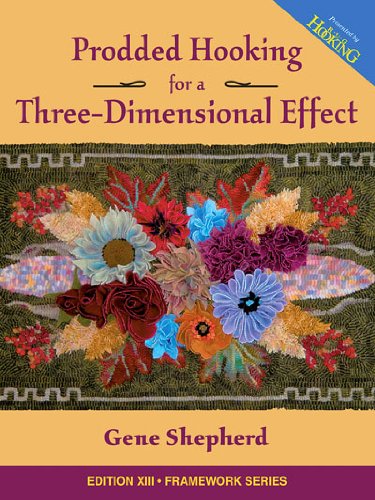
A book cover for Prodded Hooking for a Three-Dimensional Effect; Gene Shepherd; Crafts, Hobbies & Home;